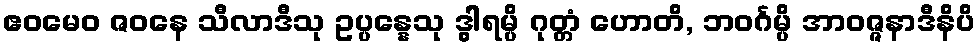
ဧဝမေဝ ဇဝနေ သီလာဒီသု ဥပ္ပန္နေသု ဒွါရမ္ပိ ဂုတ္တံ ဟောတိ, ဘဝင်္ဂမ္ပိ အာဝဇ္ဇနာဒီနိပိ